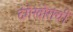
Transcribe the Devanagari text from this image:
दंगेखोरांची